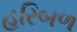
હરિબળ